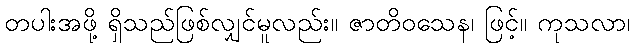
တပါးအဖို့ ရှိသည်ဖြစ်လျှင်မူလည်း။ ဇာတိဝသေန၊ ဖြင့်။ ကုသလာ၊